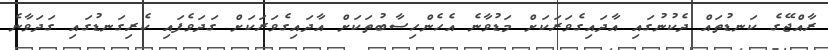
ރާއްޖޭގެ ކަނޑުތައް ދެކުނުގައި އާދައިގެވަރަކަށް މަޑުވާނެ އެހެންހިސާބުތަކަށް އާދައިގެވަރަކަށް ގަދަވެފައި ކެރިގަނޑުގައި ގަދަވާނެ